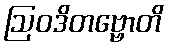
ဩဝဒိတဗ္ဗောတိ